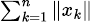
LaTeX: \scriptstyle\sum_{k=1}^{n}\| x_{k}\|